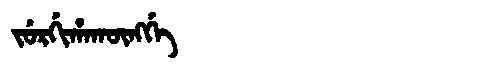
Manchu: ᠵᡠᡵᡤᡳᡥᠠᡴᡡᠩᡤᡝ
Romanization: JURGIHAKŪNGGE